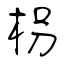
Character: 枴